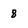
Character: 8